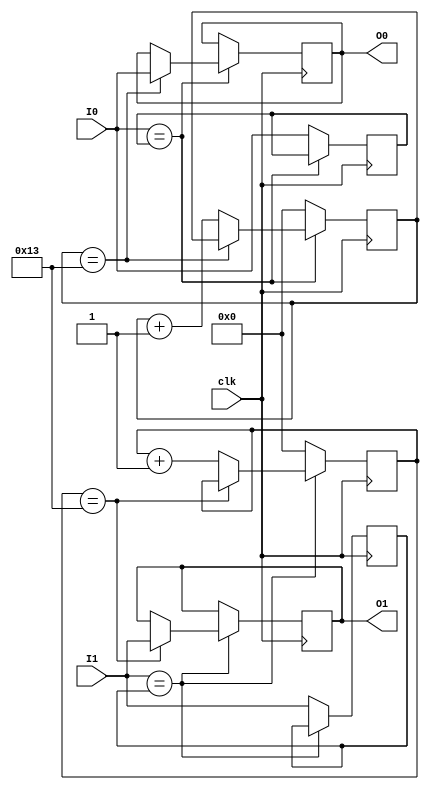
// keyboard debouncer

`timescale 1ns / 1ps
module debouncer_michael(
    input clk,
    input I0,
    input I1,
    output reg O0,
    output reg O1
);

    reg [4:0] cnt0, cnt1;
    reg Iv0 = 0, Iv1 = 0;
    reg out0, out1;

    always @(posedge clk) begin
        if (I0 == Iv0) begin
            if (cnt0 == 19) 
                O0 <= I0;
            else
                cnt0 <= cnt0 + 1;
        end else begin
            cnt0 <= 5'b00000;
            Iv0 <= I0;
        end

        if (I1 == Iv1) begin
            if (cnt1 == 19) 
                O1 <= I1;
            else
                cnt1 <= cnt1 + 1;
        end else begin
            cnt1 <= 5'b00000;
            Iv1 <= I1;
        end
    end

endmodule